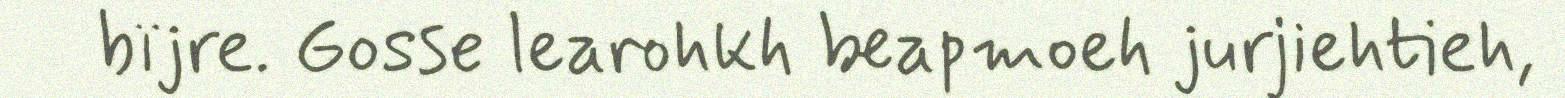
bïjre. Gosse learohkh beapmoeh jurjiehtieh,